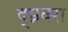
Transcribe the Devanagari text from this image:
द्म्नक्स